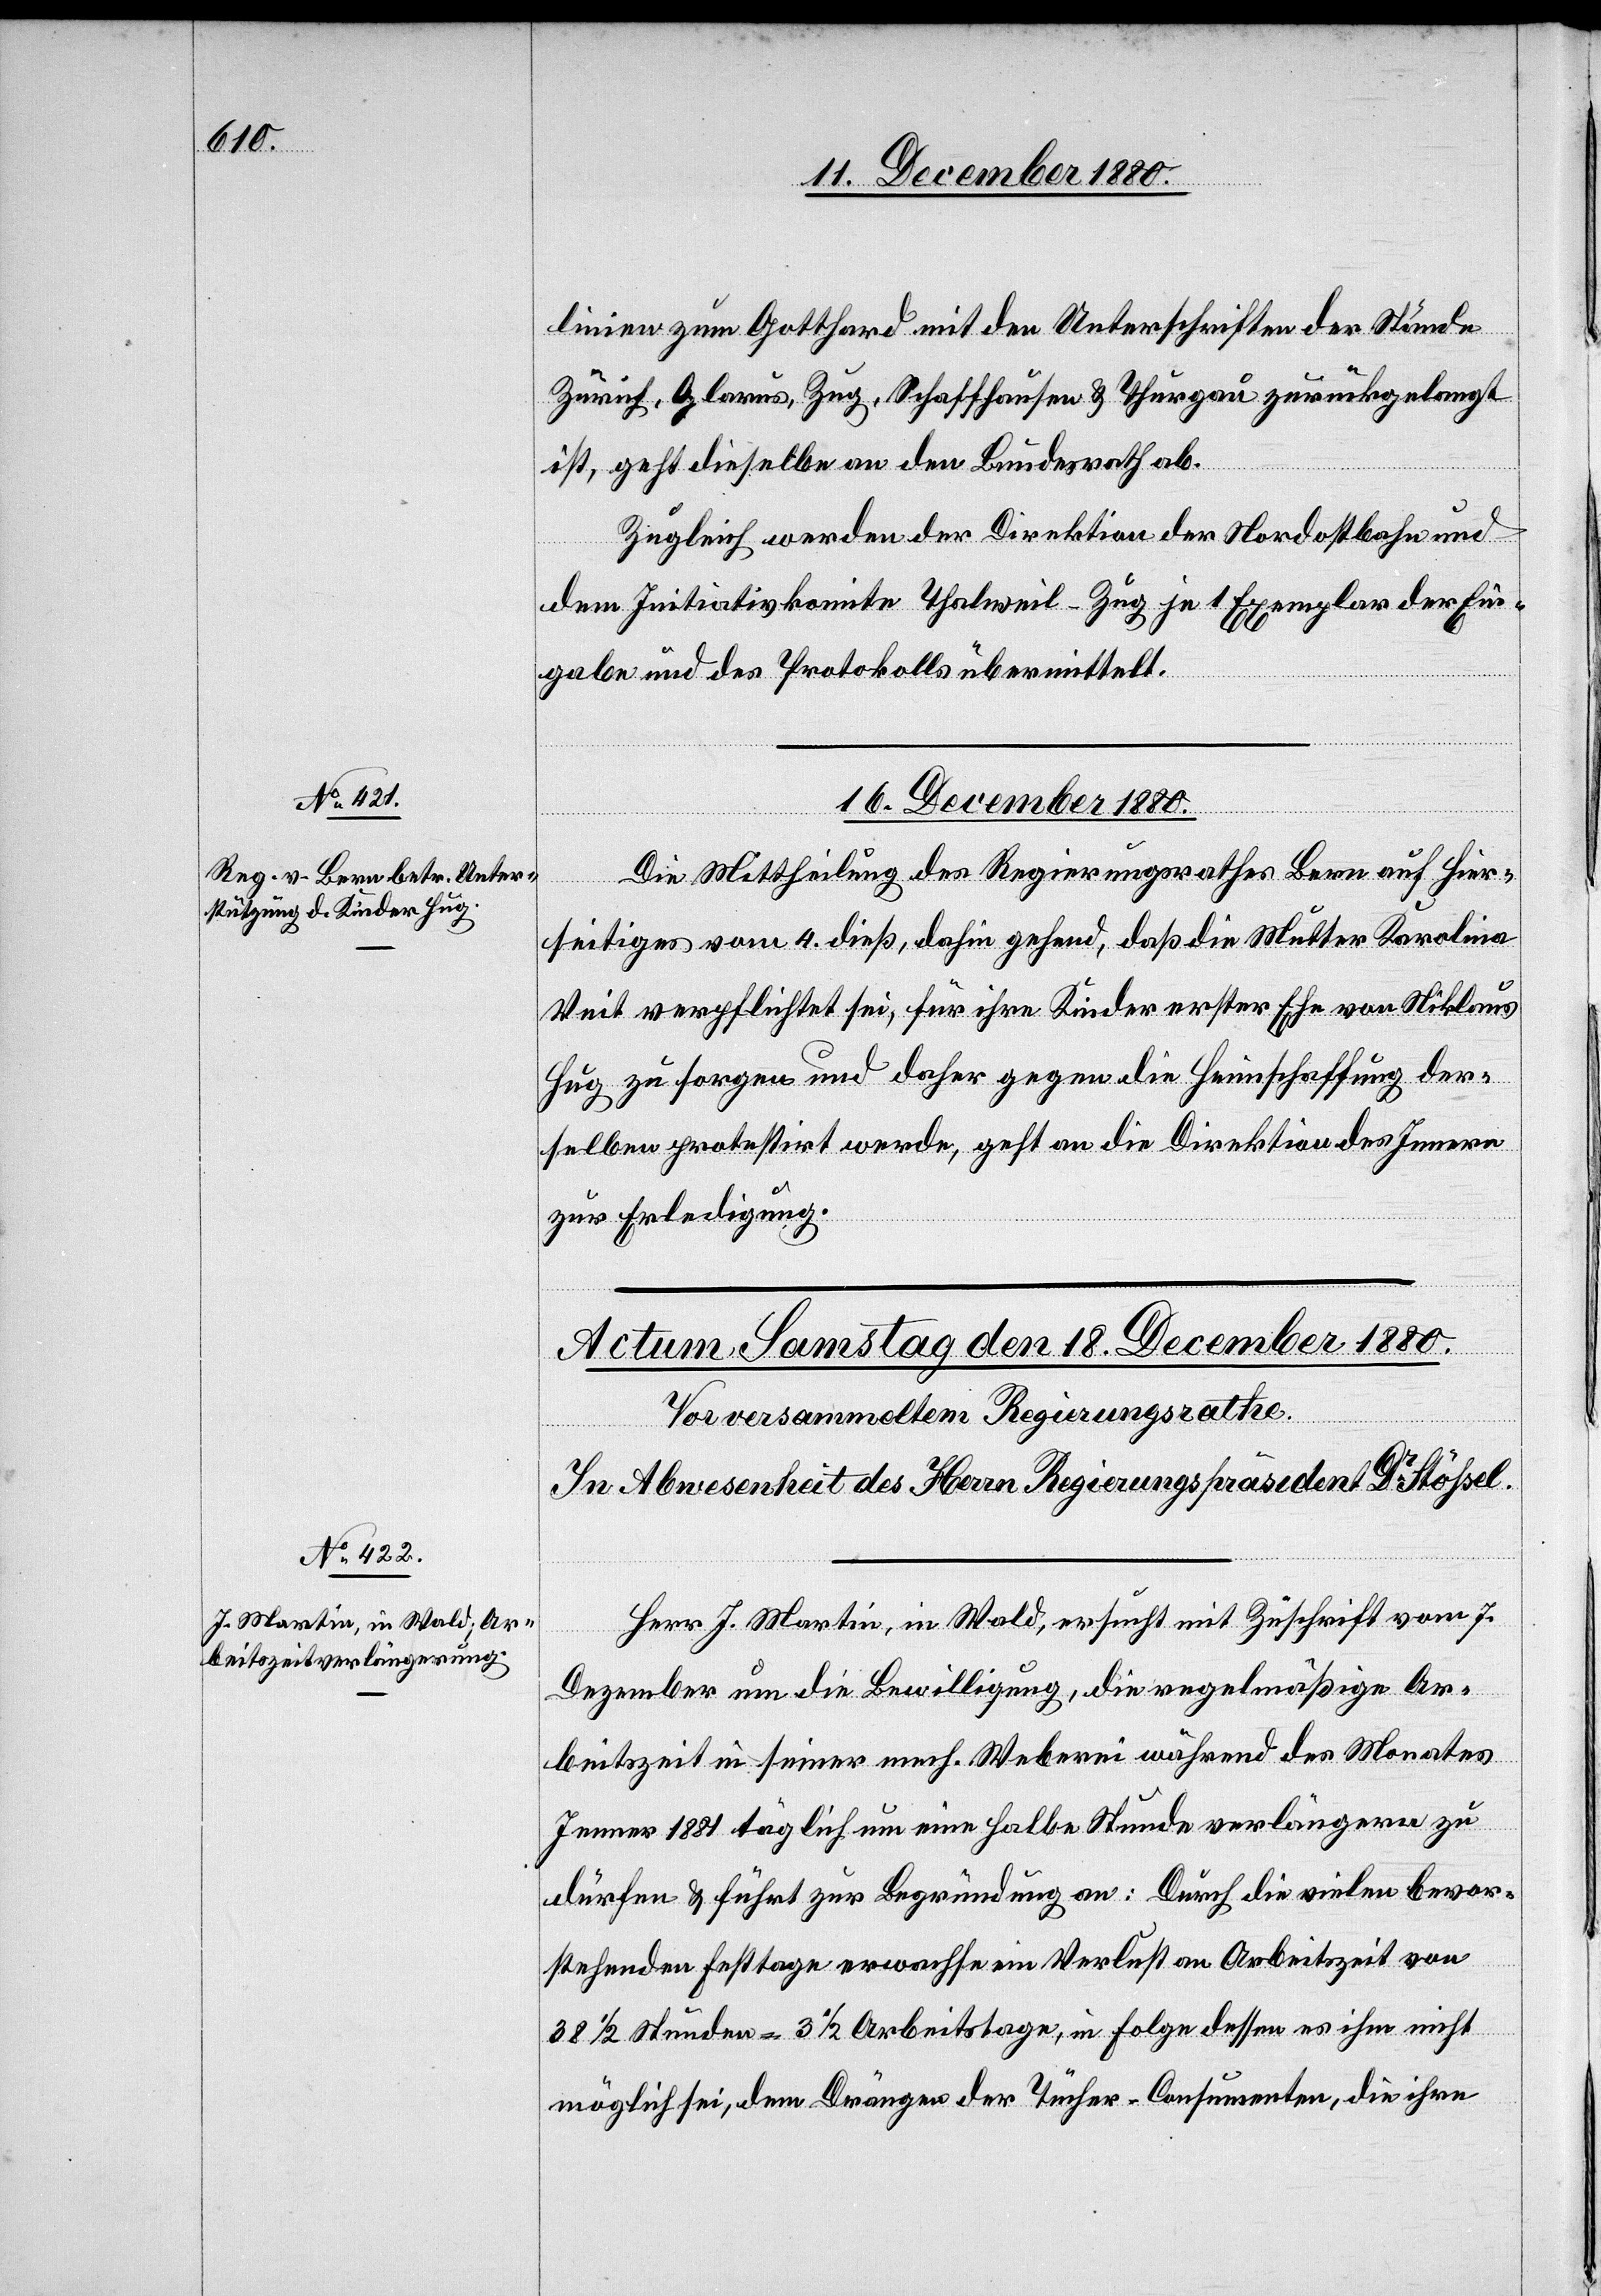
linien zum Gotthard mit den Unterschriften der Stände
Zürich, Glarus, Zug, Schaffhausen & Thurgau zurückgelangt
ist, geht dieselbe an den Bundesrath ab.
Zugleich werden der Direktion der Nordostbahn und
dem Initiativkomite Thalweil–Zug je 1 Exemplar der Ein¬
gabe und des Protokolls übermittelt.“
16. December 1880.
Die Mittheilung des Regierungsrathes Bern auf Hier¬
seitiges vom 4. dieß, dahin gehend, daß die Mutter Karolina
Veit verpflichtet sei, für ihre Kinder erster Ehe von Niklaus
Hug zu sorgen und daher gegen die Heimschaffung der¬
selben protestirt werde, geht an die Direktion des Innern
zur Erledigung.
Herr J. Martin, in Wald, ersucht mit Zuschrift vom 7.
Dezember um die Bewilligung, die regelmäßige Ar¬
beitszeit in seiner mech. Weberei während des Monates
Jenner 1881 täglich um eine halbe Stunde verlängern zu
dürfen & führt zur Begründung an: Durch die vielen bevor¬
stehenden Festtage erwachse ein Verlust an Arbeitszeit von
38 1/2 Stunden = 3 1/2 Arbeitstage, in Folge dessen es ihm nicht
möglich sei, dem Drängen der Tücher-Consumenten, die ihre